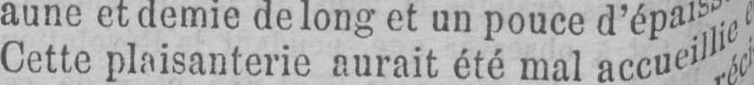
Cette plaisanterie aurait été mal accueillie e